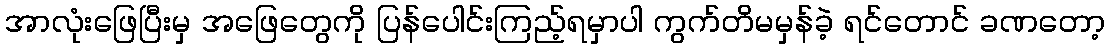
အာလုံးဖြေပြီးမှ အဖြေတွေကို ပြန်ပေါင်းကြည့်ရမှာပါ ကွက်တိမမှန်ခဲ့ ရင်တောင် ခဏတော့